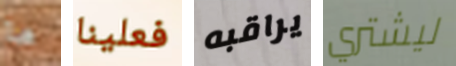
ما فعلينا يراقبه ليشتري